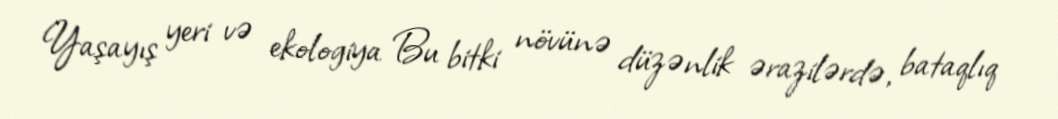
Yaşayış yeri və ekologiya Bu bitki növünə düzənlik ərazilərdə, bataqlıq